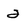
Character: 2